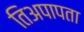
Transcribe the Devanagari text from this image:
तिअपापता